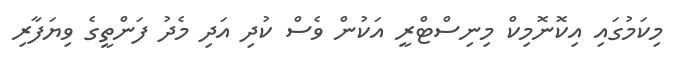
މިކަމުގައި އިކޮނޮމިކް މިނިސްޓްރީ އަކުން ވެސް ކުދި އަދި މެދު ފަންތީގެ ވިޔަފާރި